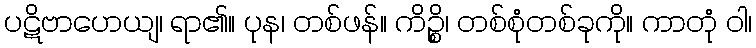
ပဋိဗာဟေယျ၊ ရာ၏။ ပုန၊ တစ်ဖန်။ ကိဉ္စိ၊ တစ်စုံတစ်ခုကို။ ကာတုံ ဝါ၊